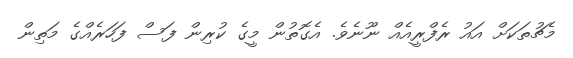
މެޗުތަކަށް އައު ރެފްރީއެއް ނޫނެވެ. އެގޮތުން މީގެ ކުރިން ފަސް ފަހަރެއްގެ މަތިން